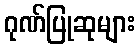
ဂုဏ်ပြုဆုများ